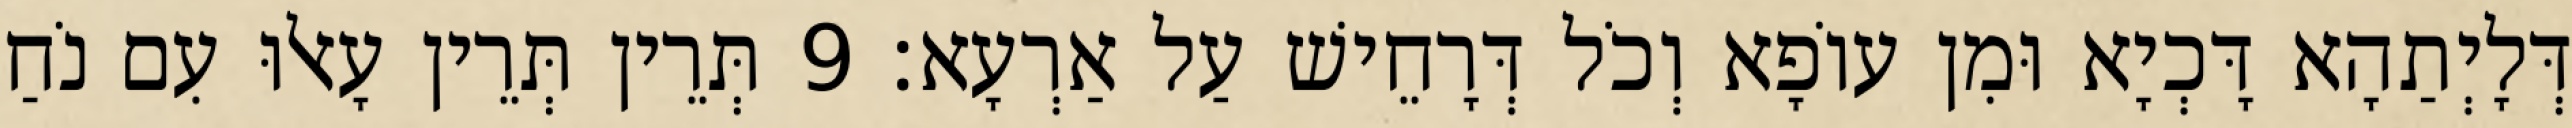
דְּלָיְתַהָא דָּכְיָא וּמִן עוֹפָא וְכֹל דְּרָחֵישׁ עַל אַרְעָא׃ 9 תְּרֵין תְּרֵין עָאלוּ עִם נֹחַ